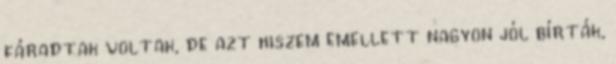
fáradtak voltak, de azt hiszem emellett nagyon jól bírták,